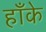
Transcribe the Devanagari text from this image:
हाँके